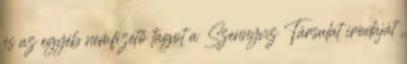
és az egyéb nemfizető tagot a Szennyvíz Társulat irodáját